Report on vaccination in the Province of Bengal - 1874-1889
Year: 1874
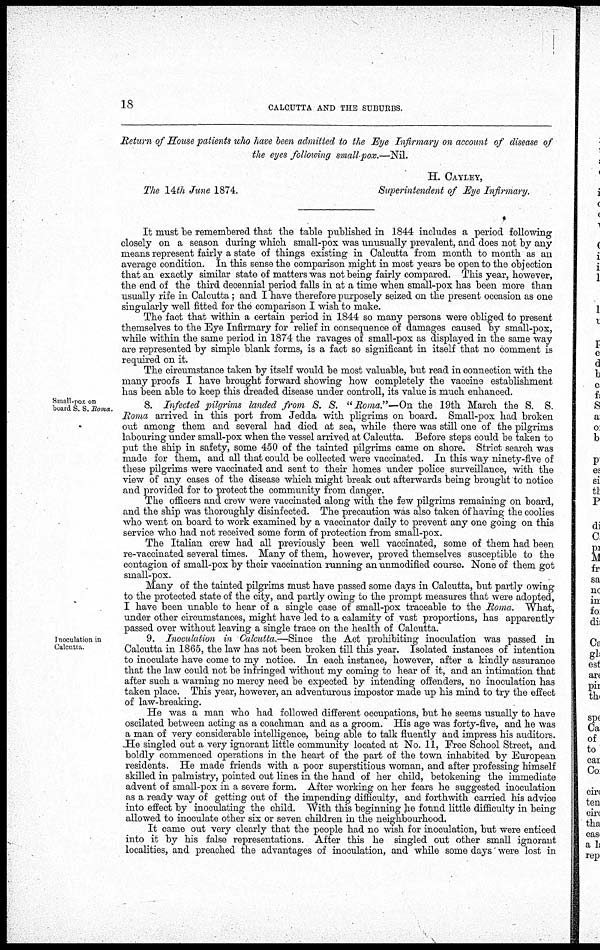
18
CALCUTTA AND THE SUBURBS.
Return of House patients who have been admitted to the Eye Infirmary on account of disease of
the eyes following small-pox.—Nil.
H. CAYLEY,
The 14th June 1874.
Superintendent of Eye Infirmary.
It must be remembered that the table published in 1844 includes a period following
closely on a season during which small-pox was unusually prevalent, and does not by any
means represent fairly a state of things existing in Calcutta from month to month as an
average condition. In this sense the comparison might in most years be open to the objection
that an exactly similar state of matters was not being fairly compared. This year, however,
the end of the third decennial period falls in at a time when small-pox has been more than
usually rife in Calcutta; and I have therefore purposely seized on the present occasion as one
singularly well fitted for the comparison I wish to make.
The fact that within a certain period in 1844 so many persons were obliged to present
themselves to the Eye Infirmary for relief in consequence of damages caused by small-pox,
while within the same period in 1874 the ravages of small-pox as displayed in the same way
are represented by simple blank forms, is a fact so significant in itself that no comment is
required on it.
The circumstance taken by itself would be most valuable, but read in connection with the
many proofs I have brought forward showing how completely the vaccine establishment
has been able to keep this dreaded disease under controll, its value is much enhanced.
Small-pox on
board S. S. Roma.
8. Infected pilgrims landed from S. S. " Roma."—On the 19th March the S. S.
Roma arrived in this port from Jedda with pligrims on board. Small-pox had broken
out among them and several had died at sea, while there was still one of the pilgrims
labouring under small-pox when the vessel arrived at Calcutta. Before steps could be taken to
put the ship in safety, some 450 of the tainted pilgrims came on shore. Strict search was
made for them, and all that could be collected were vaccinated. In this way ninety-five of
these pilgrims were vaccinated and sent to their homes under police surveillance, with the
view of any cases of the disease which might break out afterwards being brought to notice
and provided for to protect the community from danger.
The officers and crew were vaccinated along with the few pilgrims remaining on board,
and the ship was thoroughly disinfected. The precaution was also taken of having the coolies
who went on board to work examined by a vaccinator daily to prevent any one going on this
service who had not received some form of protection from small-pox.
The Italian crew had all previously been well vaccinated, some of them had been
re-vaccinated several times. Many of them, however, proved themselves susceptible to the
contagion of small-pox by their vaccination running an unmodified course. None of them got
small-pox.
Many of the tainted pilgrims must have passed some days in Calcutta, but partly owing
to the protected state of the city, and partly owing to the prompt measures that were adopted,
I have been unable to hear of a single case of small-pox traceable to the Roma. What,
under other circumstances, might have led to a calamity of vast proportions, has apparently
passed over without leaving: a single trace on the health of Calcutta.
Inoculation in
Calcutta.
9. Inoculation in Calcutta.—Since the Act prohibiting inoculation was passed in
Calcutta in 1865, the law has not been broken till this year. Isolated instances of intention
to inoculate have come to my notice. In each instance, however, after a kindly assurance
that the law could not be infringed without my coming to hear of it, and an intimation that
after such a warning no mercy need be expected by intending offenders, no inoculation has
taken place. This year, however, an adventurous impostor made up his mind to try the effect
of law-breaking.
He was a man who had followed different occupations, but he seems usually to have
oscilated between acting as a coachman and as a groom. His age was forty-five, and he was
a man of very considerable intelligence, being able to talk fluently and impress his auditors.
.He singled out a very ignorant little community located at No. 11, Free School Street, and
boldly commenced operations in the heart of the part of the town inhabited by European
residents. He made friends with a poor superstitious woman, and after professing himself
skilled in palmistry, pointed out lines in the hand of her child, betokening the immediate
advent of small-pox in a severe form. After working on her fears he suggested inoculation
as a ready way of getting out of the impending difficulty, and forthwith carried his advice
into effect by inoculating the child. With this beginning he found little difficulty in being
allowed to inoculate other six or seven children in the neighbourhood.
It came out very clearly that the people had no wish for inoculation, but were enticed
into it by his false representations. After this he singled out other small ignorant
localities, and preached the advantages of inoculation, and while some days' were lost in